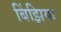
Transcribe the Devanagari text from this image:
बिंझिया